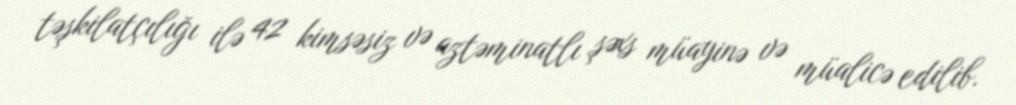
təşkilatçılığı ilə 42 kimsəsiz və aztəminatlı şəxs müayinə və müalicə edilib.